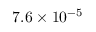
7 . 6 \times 1 0 ^ { - 5 }